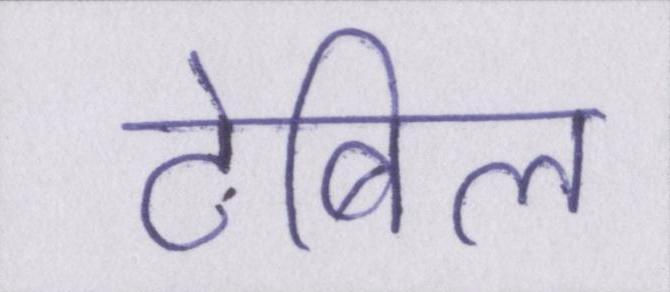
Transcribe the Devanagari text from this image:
टेबिल